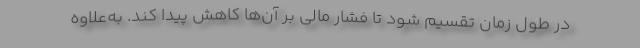
در طول زمان تقسیم شود تا فشار مالی بر آن‌ها کاهش پیدا کند. به‌علاوه